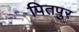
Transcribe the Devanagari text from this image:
पितपुर